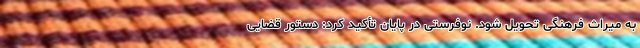
به میراث فرهنگی تحویل شود. نوفرستی در پایان تأکید کرد: دستور قضایی